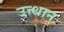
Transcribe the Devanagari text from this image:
उत्त्थान